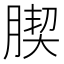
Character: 𦝜